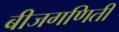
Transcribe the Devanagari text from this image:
बीजगणिती